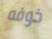
خوفه